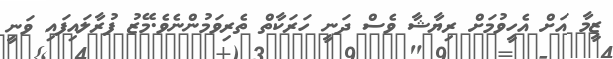
ޒީމާ އަށްް އެހީވުމަށް ރިޔާޝާ ވެސް ދަނީ ހަރަކާތް ތެރިވަމުންްްްްްްނެވެ.މޭޒު ފުރާލައިފައި ވަނީ